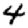
Digit: 4